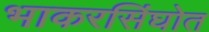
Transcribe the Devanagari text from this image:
भाकरसिंघोत